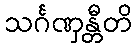
သင်္ဂဏှန္တီတိ